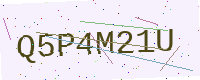
Text: Q5P4M21U